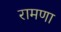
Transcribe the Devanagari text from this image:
रामणा